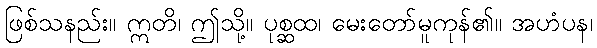
ဖြစ်သနည်း။ ဣတိ၊ ဤသို့။ ပုစ္ဆထ၊ မေးတော်မူကုန်၏။ အဟံပန၊